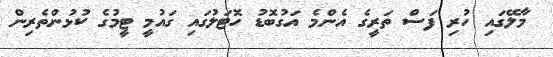
މާލޭގައި ހުރި ފަސް ތަރީގެ އެންމެ އަގުބޮޑު ހޮޓަލުގައި ގައުމީ ޓީމުގެ ކުޅުންތެރިން